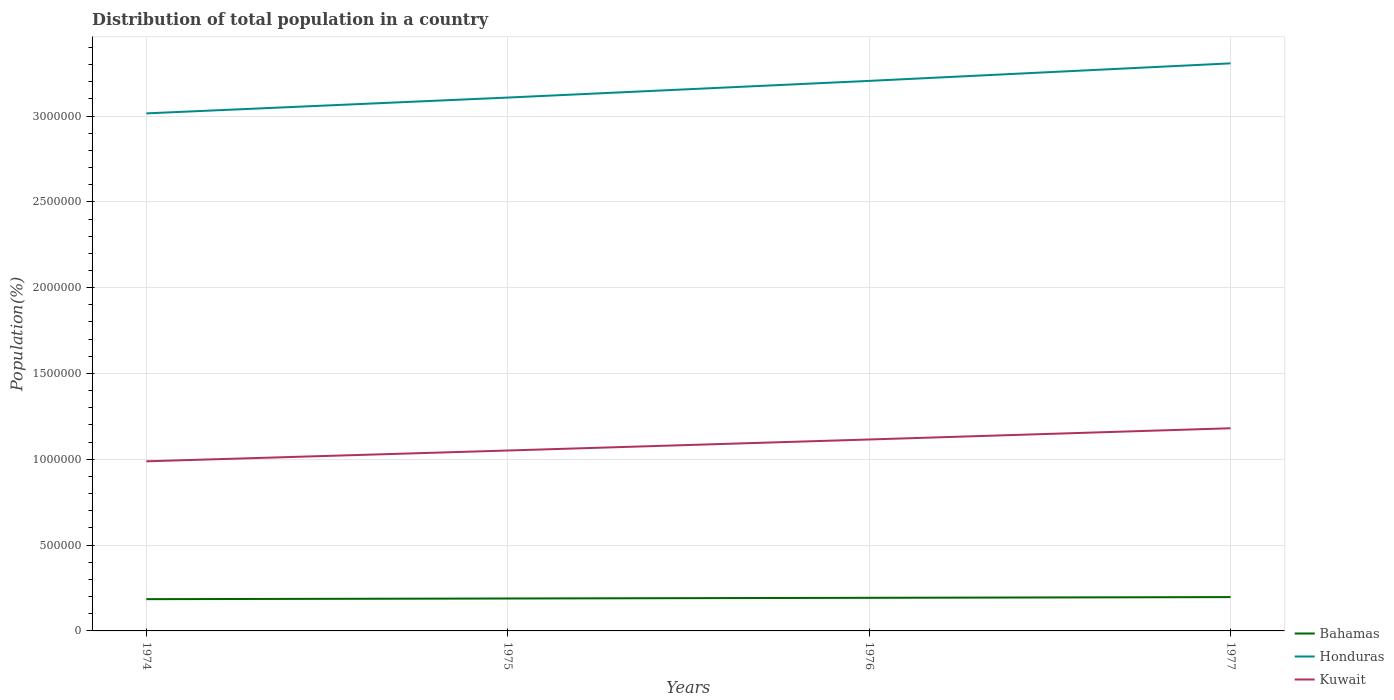
| Years | Bahamas | Honduras | Kuwait |
 | --- | --- | --- | --- |
 | 1974 | 1.85e+05 | 3.02e+06 | 9.88e+05 |
 | 1975 | 1.89e+05 | 3.11e+06 | 1.05e+06 |
 | 1976 | 1.93e+05 | 3.2e+06 | 1.12e+06 |
 | 1977 | 1.97e+05 | 3.31e+06 | 1.18e+06 |